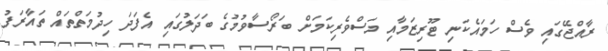
ރާއްޖޭގައި ވެސް ހަމައެކަނި ޓޫރިޒަމާއި މަސްވެރިކަމަށް ބަރޯސާވުމުގެ ބަދަލުގައި އެފަދަ ހިދުމަތްތައް ތައާރަފު